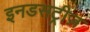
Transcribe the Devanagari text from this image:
इनडसट्रीज़